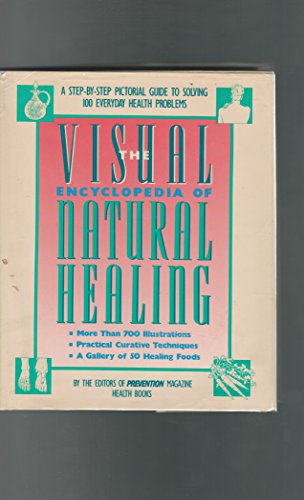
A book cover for Visual Encyclopedia of Natural Healing: A Step-By-Step Pictorial Guide to Solving 100 Everyday Health Problems; Health, Fitness & Dieting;